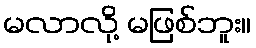
မလာလို့ မဖြစ်ဘူး။